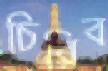
চিরিব